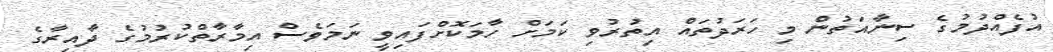
އުފެއްދުމުގެ ސިނާއަތުން މި ހަރަދުތައް އިތުރުވި ކަމަށް ހާމަކޮށްފައިވީ ނަމަވެސް އިމާރާތްކުރުމުގެ ދާއިރާގެ